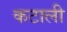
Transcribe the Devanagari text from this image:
कटाली